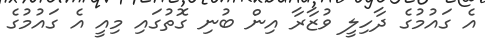
އެ ގައުމުގެ ދާހިލީ ވުޒާރާ އިން ބުނި ގޮތުގައި މިއީ އެ ގައުމުގެ